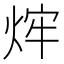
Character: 𤉍